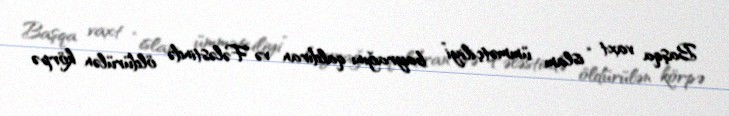
Başqa vaxt “islam ümmətçiliyi” bayrağını qaldıran və Fələstində öldürülən körpə